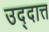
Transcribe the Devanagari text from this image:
उद्दात्त